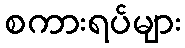
စကားရပ်များ